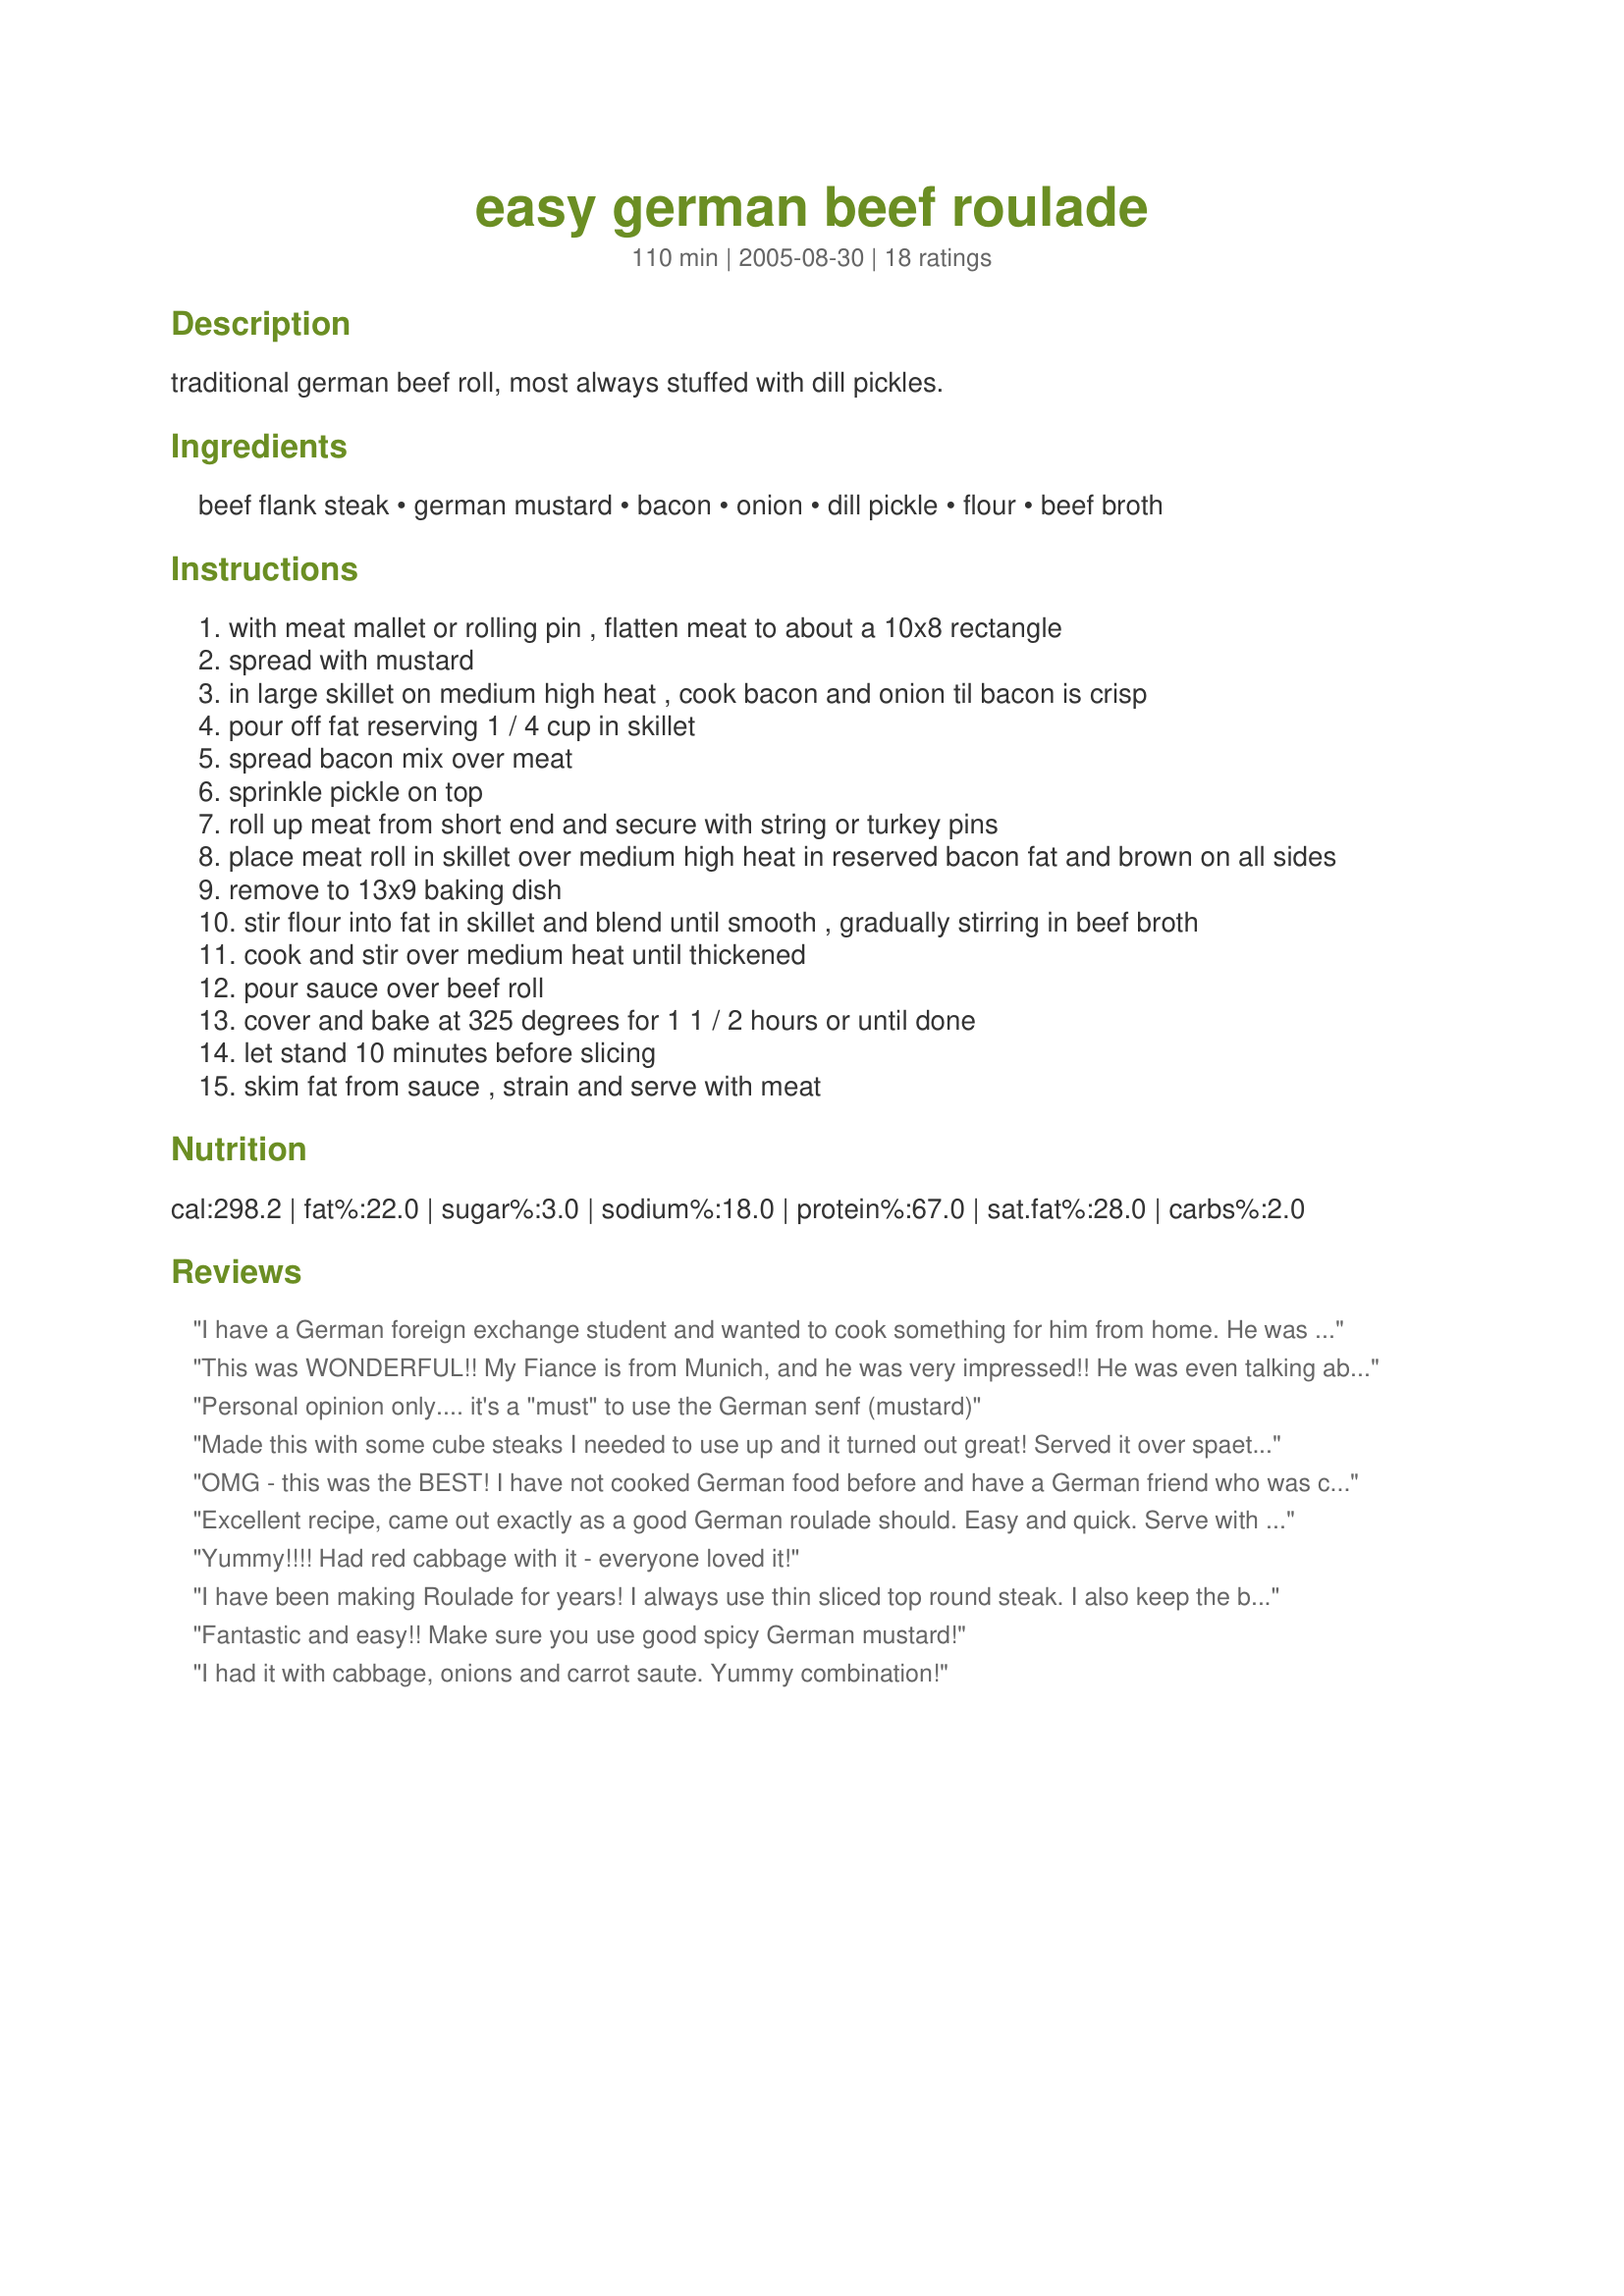
easy german beef roulade
Preparation time: 110 minutes

traditional german beef roll, most always stuffed with dill pickles.

Ingredients:
beef flank steak, german mustard, bacon, onion, dill pickle, flour, beef broth

Steps:
with meat mallet or rolling pin , flatten meat to about a 10x8 rectangle
spread with mustard
in large skillet on medium high heat , cook bacon and onion til bacon is crisp
pour off fat reserving 1 / 4 cup in skillet
spread bacon mix over meat
sprinkle pickle on top
roll up meat from short end and secure with string or turkey pins
place meat roll in skillet over medium high heat in reserved bacon fat and brown on all sides
remove to 13x9 baking dish
stir flour into fat in skillet and blend until smooth , gradually stirring in beef broth
cook and stir over medium heat until thickened
pour sauce over beef roll
cover and bake at 325 degrees for 1 1 / 2 hours or until done
let stand 10 minutes before slicing
skim fat from sauce , strain and serve with meat

Reviews:
I have a German foreign exchange student and wanted to cook something for him from home. He was VERY happy with this Roulade and said that it tasted and reminded him of home. My husband and I ended up LOVING this dish and plan to serve it at an Oktoberfest celebration. Thank you!!!
This was WONDERFUL!! My Fiance is from Munich, and he was very impressed!! He was even talking about it when he woke up this morning! This is going to be a regular in our house....Guaranteed!
Personal opinion only.... it's a "must" to use the German senf (mustard)
Made this with some cube steaks I needed to use up and it turned out great! Served it over spaetzle (frugal gourmet's recipe) with some red cabbage on the side and washed down with some german beer. Perfect end for a chilly fall day.
OMG - this was the BEST! I have not cooked German food before and have a German friend who was coming over for dinner - thought I'd surprise him. Meal was red cabbage, Cucumber salad #107796, this and beer. His comment was "it's better than my grandmother's"! I must admit, I cheated a little, used flap meat and had the butcher tenderize it. I didn't have any recommended mustard, used the Sweet & Spicy "designer" mustard someone had given me (not the same as Dijon). It was juicy and flavorful (don't be afraid of pickles in the meat, if you have not done this before) and was just one of the best meals I have put together in a long time. Oh, the gravey... looked wierd, but when it came out of the oven, around the meat and I served it, was fabulous! As my German friend also said, "yummmmmmmmmmmm". Thanks for posting this great recipe.
Excellent recipe, came out exactly as a good German roulade should. Easy and quick. Serve with a side of Spatzle and cooked German red cabbage, a nice Weissbier. Wunderbar!!
Yummy!!!! Had red cabbage with it - everyone loved it!
I have been making Roulade for years! I always use thin sliced top round steak. I also keep the bacon whole along with only using sliced onion. I saute them both till they are almost crisp. I put the bacon and the onions on top of the steak, with a slice of pickle. This has a very nice flavor. I plan too keep this dish for my future recipe dishes needed. Thanks,Laurie for posting.
Fantastic and easy!! Make sure you use good spicy German mustard!
I had it with cabbage, onions and carrot saute. Yummy combination!
I made this and I wasn't really sure what to expect. As I was layering all of the ingredients on the beef, all I could think is that it reminded me of a Quarter Pounder from McDonald's. Our family enjoyed it, but we weren't able to use the delicious gravy because of the quarter inch of fat on top of the gravy. I think next time I will add a bit more mustard and drain the bacon fat before I make the gravy to pour over the roast. Thanks for posting! I will be making it again!
We are stationed in Germany and my German neighbor made this for me. I just had to find a recipe and this one is great! It's pretty easy, and even though it takes some time to make, it's become a weekly meal at our house! Thanks!
This is wonderful! Very tender and so full of flavor. We DEVOURED it!
This recipe is outstanding. I love the delicate flavor the dill pickles impart. The gravy is delicious as well.
I cheated and used dill relish because it is already chopped. I also served with quartered (peel on) red potatoes.
This is my Grandma's recipe exactly and they are divine. We grew up helping my mom make them and they're wonderful served with rice.
Wonderful flavor!! Easy to make - I had purchased my beef to make individual roulades but the technique works perfectly for both applications! Thanks Laurie!!
I made this recipe in my FlavorWave Infra Red/convection oven and it was absolutely awesome. the only change that I made was to reduce the cooking time by 25% as it normal for that oven.

This recipe is definitely going to be one that is made often in my house - thank you !
I had a German neighbor who made this for me so I got her directions and have been more than satisfied it each time i have made it. Mot bad for an old gal from Texas.
